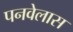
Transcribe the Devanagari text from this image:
पनवेलास